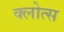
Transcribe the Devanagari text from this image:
क्लोत्स